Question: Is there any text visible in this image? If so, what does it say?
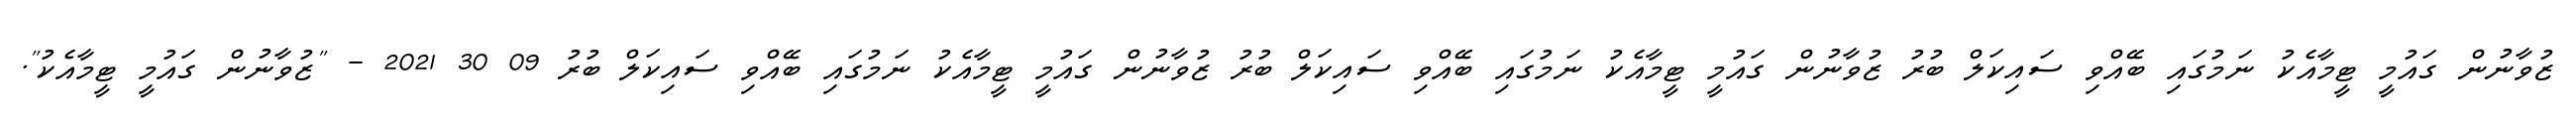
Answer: ޒުވާނުން ގައުމީ ޓީމާއެކު ނަމުގައި ބޭއްވި ސައިކަލް ބުރު ޒުވާނުން ގައުމީ ޓީމާއެކު ނަމުގައި ބޭއްވި ސައިކަލް ބުރު ޒުވާނުން ގައުމީ ޓީމާއެކު ނަމުގައި ބޭއްވި ސައިކަލް ބުރު 09 30 2021 - "ޒުވާނުން ގައުމީ ޓީމާއެކު".